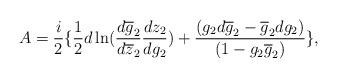
LaTeX: \begin{align*}A= \frac{i}{2} \{ \frac{1}{2}d\ln (\frac{d\overline{g}_{2}}{d\overline{z}_{2}}\frac {dz_{2}}{dg_{2}}) + \frac {(g_{2}d\overline{g}_{2}- \overline{g}_{2}dg_{2})}{(1- g_{2}\overline{g}_{2})} \},\end{align*}